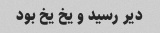
دیر رسید و یخ یخ بود